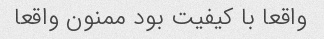
واقعا با کیفیت بود ممنون واقعا